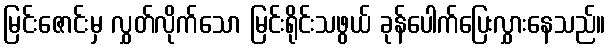
မြင်းဇောင်းမှ လွှတ်လိုက်သော မြင်းရိုင်းသဖွယ် ခုန်ပေါက်ပြေးလွှားနေသည်။